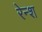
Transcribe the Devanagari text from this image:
रेन्श